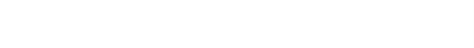
အခံရှိခြင်း၊ မြစ် လေးမြွာတို့၏ ဆုံရာ၌တည်ထားခြင်းတို့ကြောင့် ရာသီဥတု မျှတ၍